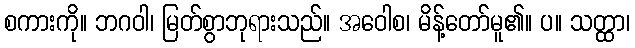
စကားကို။ ဘဂဝါ၊ မြတ်စွာဘုရားသည်။ အဝေါစ၊ မိန့်တော်မူ၏။ ပ။ သတ္ထာ၊